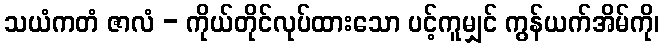
သယံကတံ ဇာလံ - ကိုယ်တိုင်လုပ်ထားသော ပင့်ကူမျှင် ကွန်ယက်အိမ်ကို၊